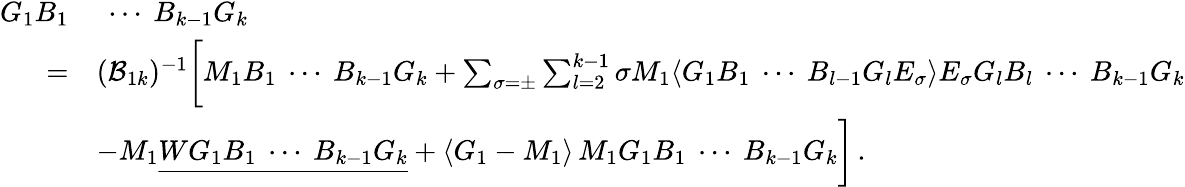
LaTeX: \begin{array}{rl}{G_{1}B_{1}}&{\ \cdots\ B_{k-1}G_{k}}\\ {=}&{(\mathcal{B}_{1k})^{-1}\bigg[M_{1}B_{1}\ \cdots\ B_{k-1}G_{k}+\sum_{\sigma=\pm}\sum_{l=2}^{k-1}\sigma M_{1}\langle G_{1}B_{1}\ \cdots\ B_{l-1}G_{l}E_{\sigma}\rangle E_{\sigma}G_{l}B_{l}\ \cdots\ B_{k-1}G_{k}}\\ &{-M_{1}\underline{{WG_{1}B_{1}\ \cdots\ B_{k-1}G_{k}}}+\langle G_{1}-M_{1}\rangle\, M_{1}G_{1}B_{1}\ \cdots\ B_{k-1}G_{k}\bigg]\, .}\end{array}